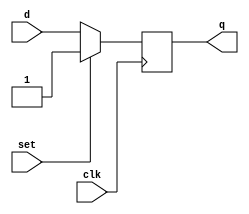
module dff_set (q, d, clk, set);

   output         q;
   input          d;
   input          clk;
   input          set;

   reg            state;

   assign q = state;

   always @(posedge clk)
   begin
      state <= set? 1 : d;
   end

`ifdef dump_flops
   always @(posedge gpu_tb.rst)
   begin
      if ($test$plusargs("dump_flops"))
      begin
         $display("%m.state");
      end
   end
`endif
endmodule